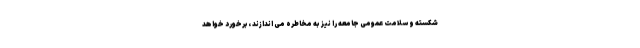
شکسته و سلامت عمومی جامعه را نیز به مخاطره می اندازند ،برخورد خواهد